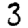
Digit: 3